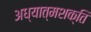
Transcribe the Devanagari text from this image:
अध्यात्मशक्ति